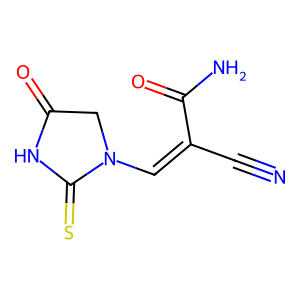
SMILES: N#CC(=CN1CC(=O)NC1=S)C(N)=O
Inhibits HIV replication: No